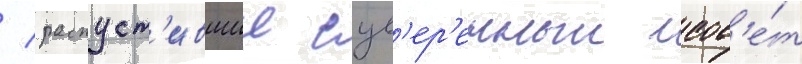
/ распуст'ившии сув'ер'енныи сов'е́т